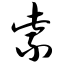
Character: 紫